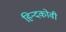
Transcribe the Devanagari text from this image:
हिन्दकोवी